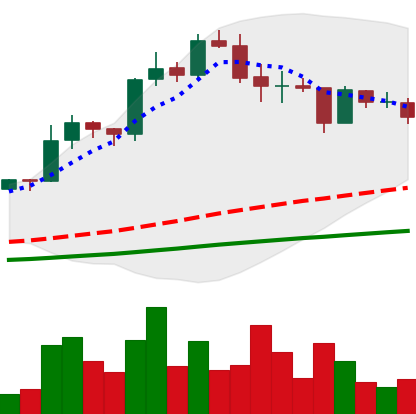
Ticker: LINK-USD
Chart end date: 2020-08-25
Forward return: 15.87%
Label: up_7plus